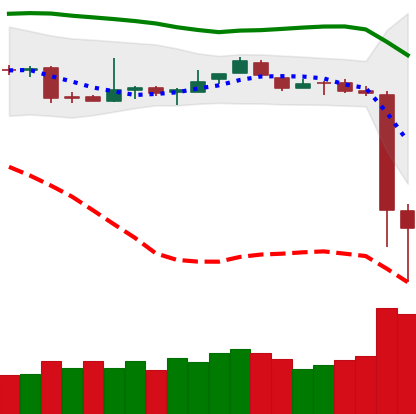
Ticker: BTC-USD
Chart end date: 2018-11-15
Forward return: -21.178%
Label: down_7plus